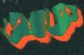
আজ্ঞ